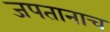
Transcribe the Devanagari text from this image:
जपतानाच